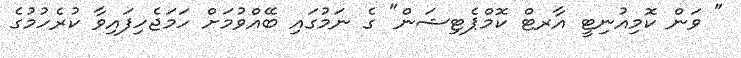
" ވަން ކޮމިއުނިޓީ އާރޓް ކޮމްޕެޓިޝަން" ގެ ނަމުގައި ބޭއްވުމަށް ހަމަޖެހިފައިވާ ކުރެހުމުގެ